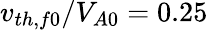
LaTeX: v_{th,f0}/V_{A0}=0.25